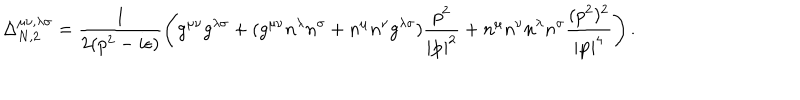
LaTeX: \Delta _ { N , 2 } ^ { \mu \nu , \lambda \sigma } = \frac { 1 } { 2 ( p ^ { 2 } - i \epsilon ) } \left( g ^ { \mu \nu } g ^ { \lambda \sigma } + ( g ^ { \mu \nu } n ^ { \lambda } n ^ { \sigma } + n ^ { \mu } n ^ { \nu } g ^ { \lambda \sigma } ) \frac { p ^ { 2 } } { | { \bf p } | ^ { 2 } } + n ^ { \mu } n ^ { \nu } n ^ { \lambda } n ^ { \sigma } \frac { ( p ^ { 2 } ) ^ { 2 } } { | { \bf p } | ^ { 4 } } \right) .